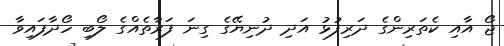
ޖޯ އާއި ކެތަރިންގެ ދަރިފުޅު އަދި ދުނިޔޭގެ ގިނަ ފަރާތެއްގެ ލޯބި ހޯދާފައިވާ